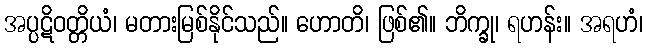
အပ္ပဋိဝတ္တိယံ၊ မတားမြစ်နိုင်သည်။ ဟောတိ၊ ဖြစ်၏။ ဘိက္ခု၊ ရဟန်း။ အရဟံ၊